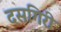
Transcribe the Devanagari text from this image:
दसगिरी